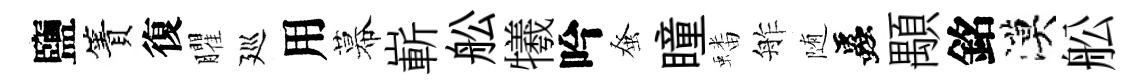
鹽簀復臞廵用幕嶄舩犧吟𫊫瞳蟠舴随蟲顒銘漠舩